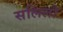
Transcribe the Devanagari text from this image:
सलिलो